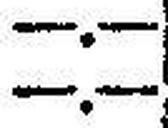
—.—